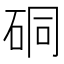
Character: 硐